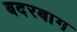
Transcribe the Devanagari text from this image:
बदरबाग